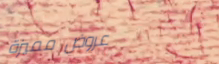
عروض مميزة